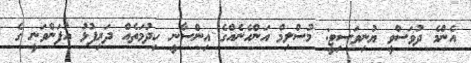
އެންމެ ދުވަސްވީ ޔުނިވަސިޓީ: މުސްލިމް އަންހެނެއްގެ އިންސާނީ ހިދުމަތެއް ދަރިފުޅު އުފަންވަނީ ގެ